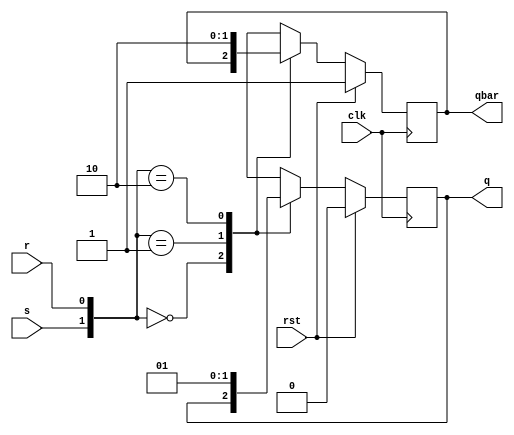
`timescale 1ns / 1ps
//////////////////////////////////////////////////////////////////////////////////
// Company: 
// Engineer: 
// 
// Design Name: 
// Module Name: sr_flipflop
// Project Name: 
// Target Devices: 
// Tool Versions: 
// Description: 
// 
// Dependencies: 
// 
// Revision:
// Revision 0.01 - File Created
// Additional Comments:
// 
//////////////////////////////////////////////////////////////////////////////////


module sr_flipflop(clk,rst,s,r,q,qbar);
input clk,rst,s,r;
output reg q,qbar;
always@(posedge clk)
if(rst)
begin
q<=0;qbar<=1;
end

else
begin
case({s,r})
2'b00:{q,qbar}<={q,qbar};
2'b01:{q,qbar}<={1'b0,1'b1};
2'b10:{q,qbar}<={1'b1,1'b0};
2'b11:{q,qbar}<={1'bx,1'bx};

endcase

end





endmodule